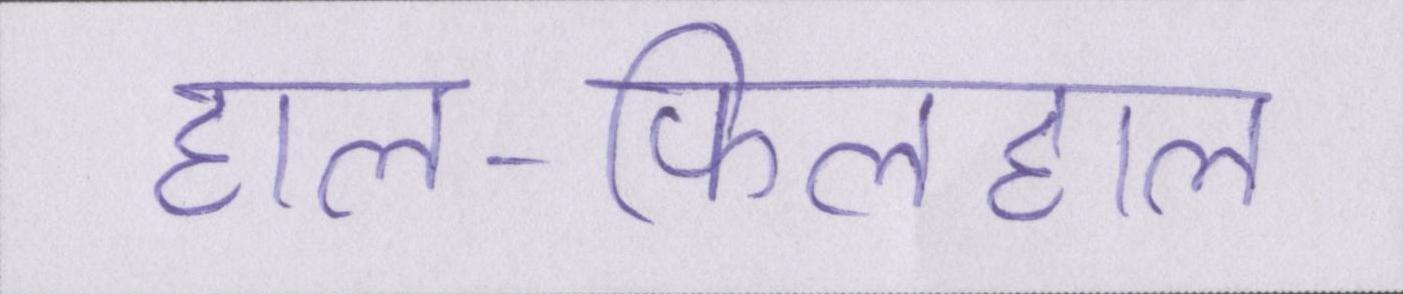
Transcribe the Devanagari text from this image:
हाल-फिलहाल